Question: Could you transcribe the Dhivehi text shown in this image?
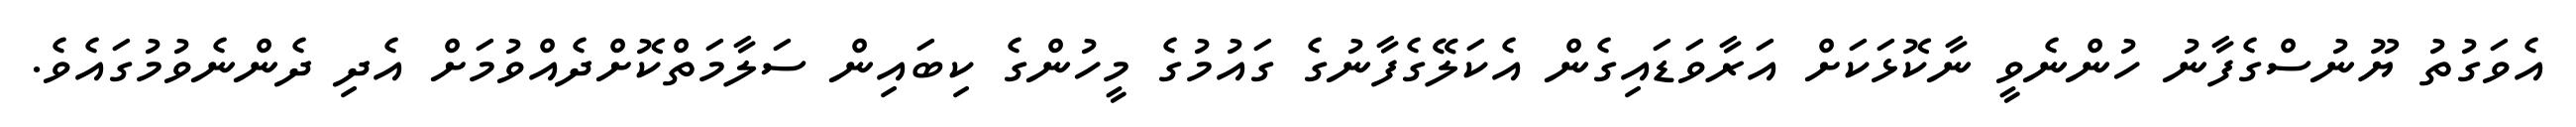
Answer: އެވަގުތު ޔޫނުސްގެފާނު ހުންނެވީ ނާކޮޅަކަށް އަރާވަޑައިގެން އެކަލޭގެފާނުގެ ގައުމުގެ މީހުންގެ ކިބައިން ސަލާމަތްކޮށްދެއްވުމަށް އެދި ދެންނެވުމުގައެވެ.